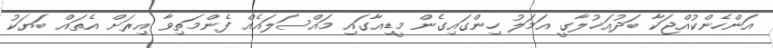
އަންހެންކުއްޖަކާ ބަދުއަޚުލާގީ އަމަލު ހިންގައިގެން މީޑިއާގައި މައްސަލައެއް ފެންމަތިވާ އިރަށް އެތައް ބަޔަކު